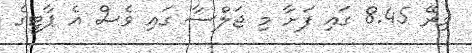
މިރޭ 8.45 ގައި ފަށާ މި ޖަލްސާ ގައި ވެސް އެ ޕާޓީގެ